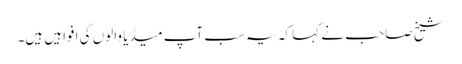
شیخ صاحب نے کہا کہ یہ سب آپ میڈیا والوں کی افواہیں ہیں۔